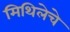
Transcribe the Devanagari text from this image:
मिथिलेचे